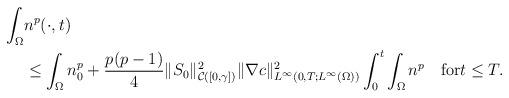
LaTeX: \begin{align*}\begin{aligned}\int_{\Omega}&n^{p}(\cdot,t)\\&\le \int_{\Omega}n_{0}^{p}+\frac{p(p-1)}{4} \|S_{0}\|_{\mathcal{C}([0,\gamma])}^{2}\|\nabla c\|_{L^{\infty}(0,T;L^{\infty}(\Omega))}^{2}\int_{0}^{t}\int_{\Omega}n^{p} \quad\mbox{for}t\le T.\end{aligned}\end{align*}